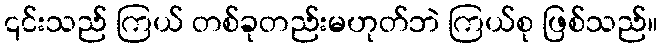
၎င်းသည် ကြယ် တစ်ခုတည်းမဟုတ်ဘဲ ကြယ်စု ဖြစ်သည်။